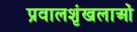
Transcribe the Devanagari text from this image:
प्रवालशृंखलाओं